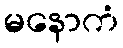
မနောကံ